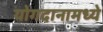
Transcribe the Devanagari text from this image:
योगदानामध्ये